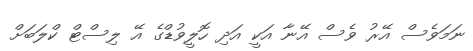
ނަމަވެސް އޭރު ވެސް އޭނާ އަކީ އަދި ހޮލީވުޑްގެ އޭ ލިސްޓް ކްލަބަށް